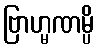
ဗြာဟ္မဏမ္ပိ